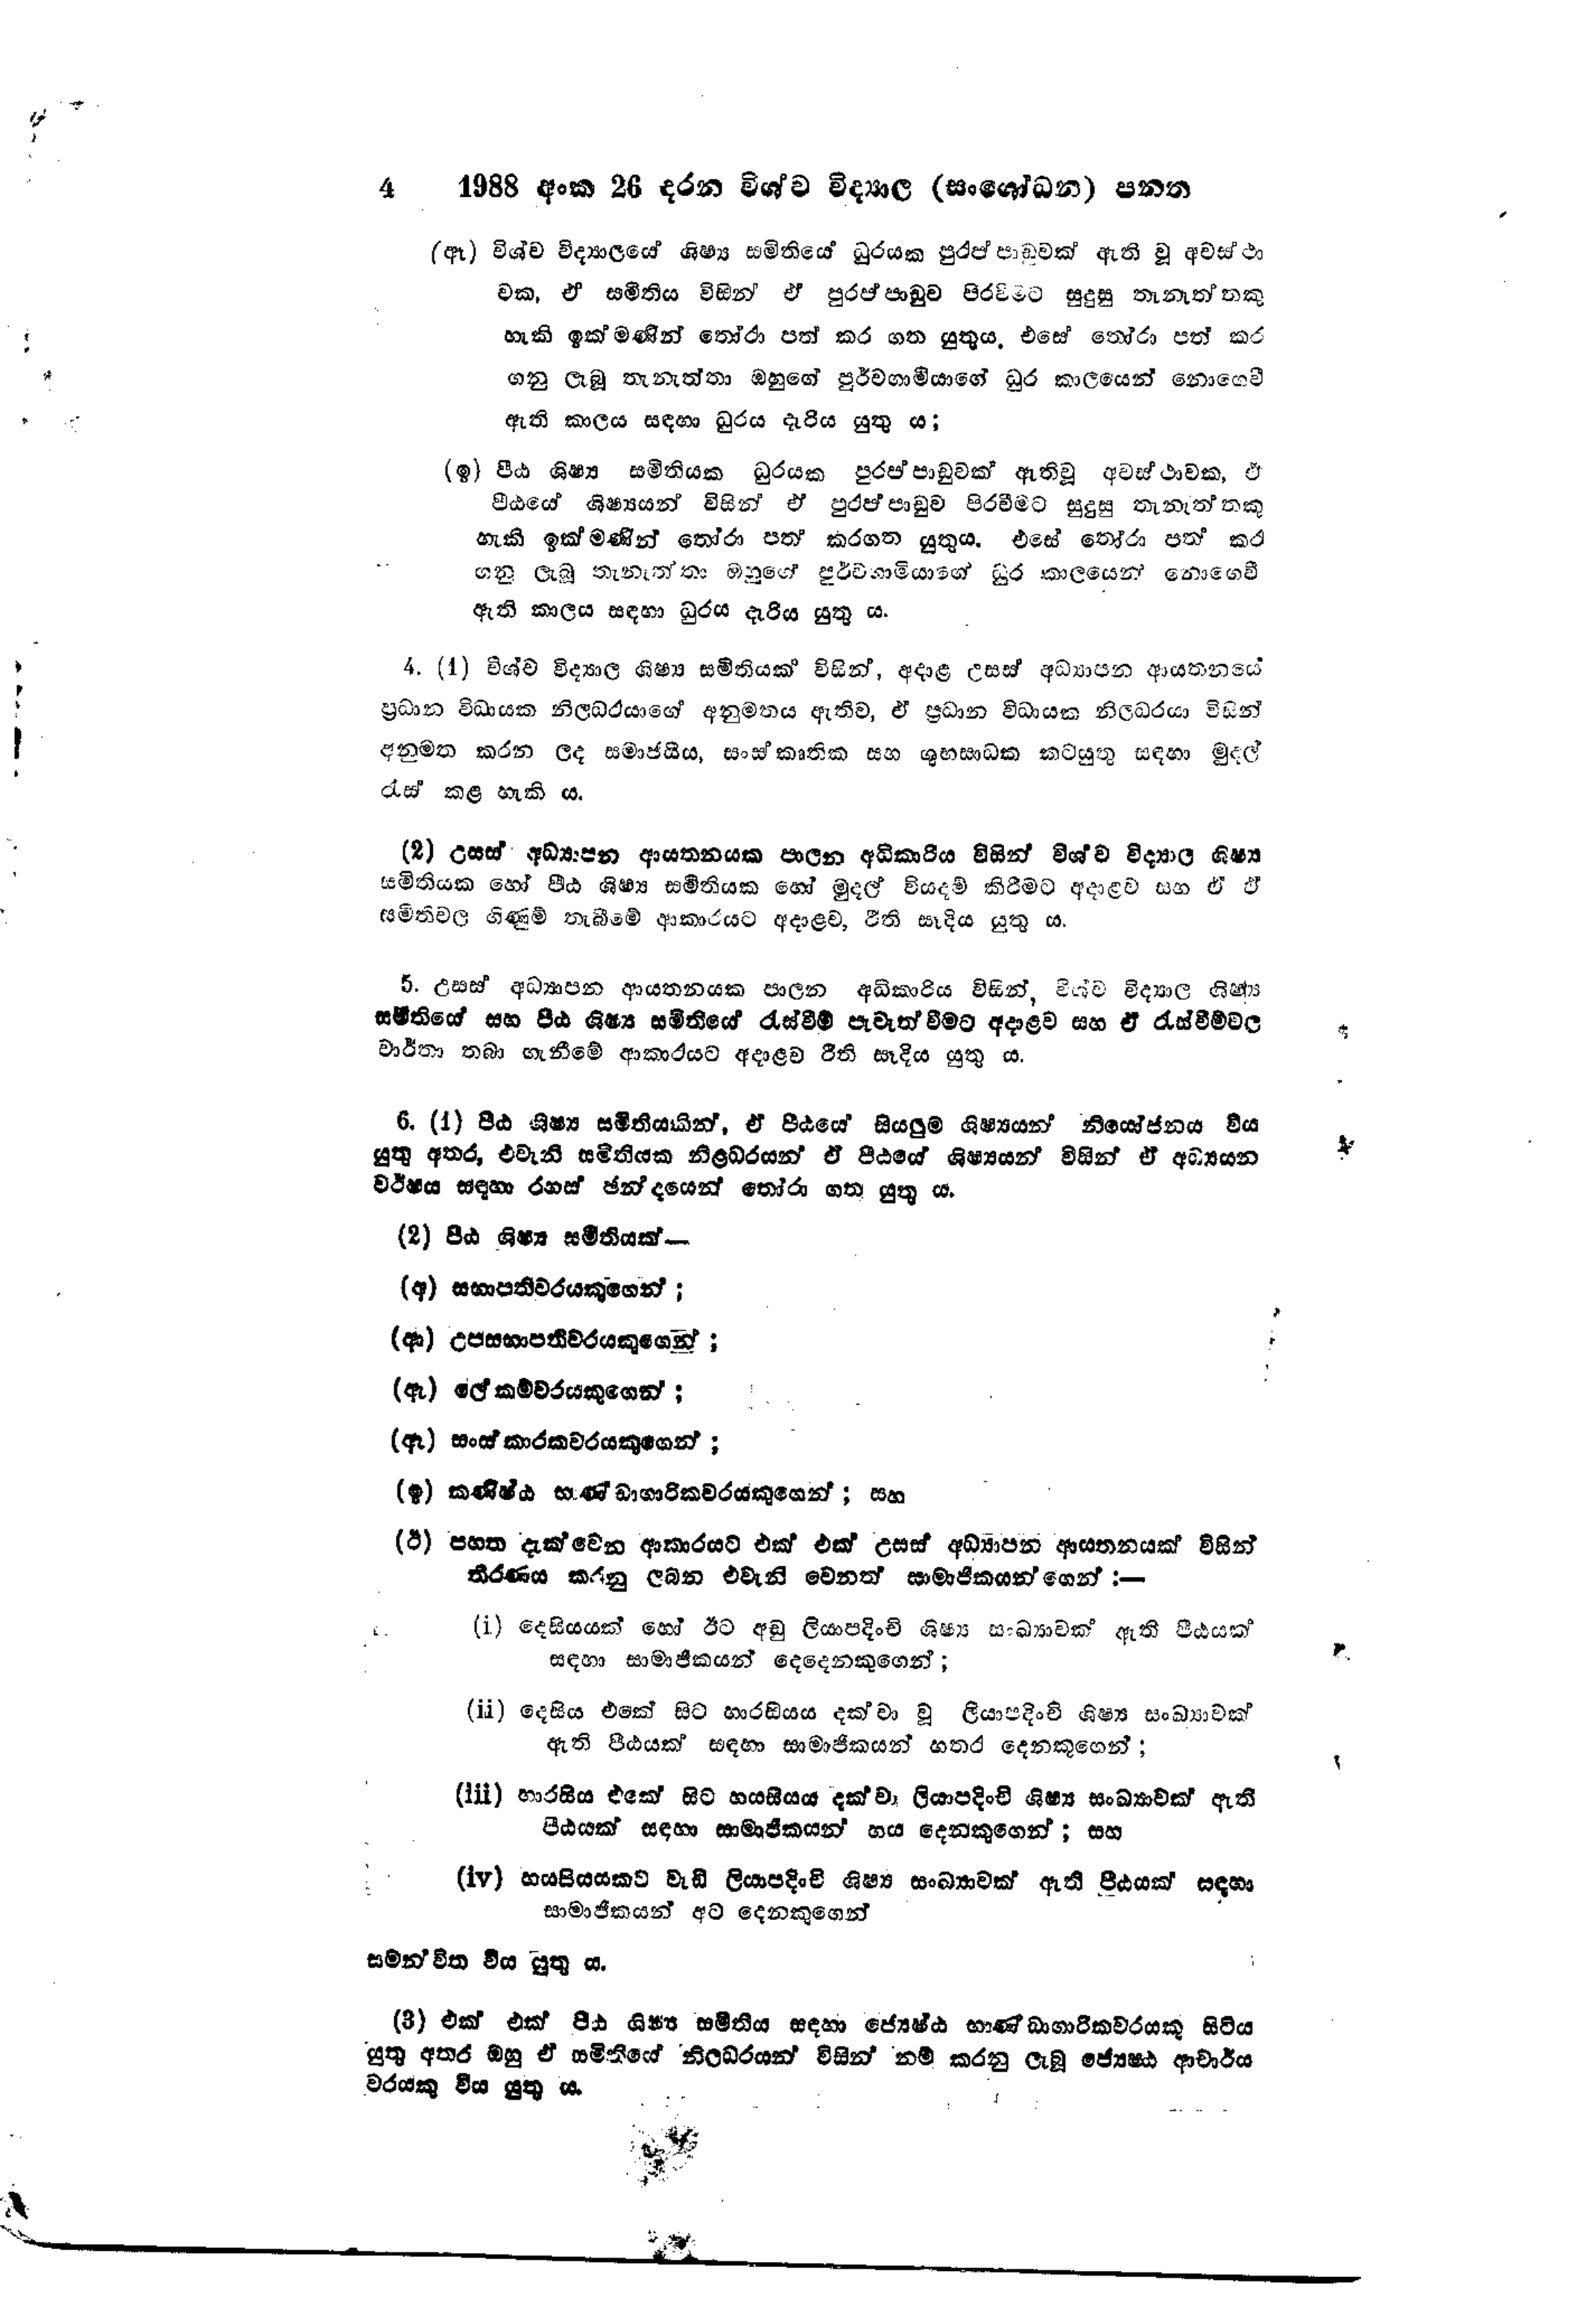
4 1988 අංක 26 දරන විශ්ව විද්‍යාල (සංශෝධන) පනත

(ඈ) විශ්ව විද්‍යාලයේ ශිෂ්‍ය සමිතියේ ධුරයක පුරප්පාඩුවක් ඇති වූ අවස්ථා
වක, ඒ සමිතිය විසින් ඒ පුරප්පාඩුව පිරවීමට සුදුසු තැනැත්තකු
හැකි ඉක්මණින් තෝරා පත් කර ගත යුතුය. එසේ තෝරා පත් කර
ගනු ලැබූ තැනැත්තා ඔහුගේ පූර්වගාමීයාගේ ධුර කාලයෙන් නොගෙවී
ඇති කාලය සඳහා ධුරය දැරිය යුතු ය;

(ඉ) පීඨ ශිෂ්‍ය සමිතියක ධුරයක පුරප්පාඩුවක් ඇති වූ අවස්ථාවක, ඒ
පීඨයේ ශිෂ්‍යයන් විසින් ඒ පුරප්පාඩුව පිරවීමට සුදුසු තැනැත්තකු
හැකි ඉක්මණින් තෝරා පත් කරගත යුතුය. එසේ තෝරා පත් කර
ගනු ලැබූ තැනැත්තා ඔහුගේ පූර්වගාමියාගේ ධුර කාලයෙන් නොගෙවී
ඇති කාලය සඳහා ධුරය දැරිය යුතු ය.

4. (1) විශ්ව විද්‍යාල ශිෂ්‍ය සමිතියක් විසින්, අදාළ උසස් අධ්‍යාපන ආයතනයේ
ප්‍රධාන විධායක නිලධරයාගේ අනුමතය ඇතිව, ඒ ප්‍රධාන විධායක නිලධරයා විසින්
අනුමත කරන ලද සමාජයීය, සංස්කෘතික සහ ශුභසාධක කටයුතු සඳහා මුදල්
රැස් කළ හැකි ය.

(2) උසස් අධ්‍යාපන ආයතනයක පාලන අධිකාරිය විසින් විශ්ව විද්‍යාල ශිෂ්‍ය
සමිතියක හෝ පීඨ ශිෂ්‍ය සමිතියක හෝ මුදල් වියදම් කිරීමට අදාළව සහ ඒ ඒ
සමිතිවල ගිණුම් තැබීමේ ආකාරයට අදාළව, රීති සෑදිය යුතු ය.

5. උසස් අධ්‍යාපන ආයතනයක පාලන අධිකාරිය විසින්, විශ්ව විද්‍යාල ශිෂ්‍ය
සමිතියේ සහ පීඨ ශිෂ්‍ය සමිතියේ රැස්වීම් පැවැත්වීමට අදාළව සහ ඒ රැස්වීම්වල
වාර්තා තබා ගැනීමේ ආකාරයට අදාළව රීති සෑදිය යුතු ය.

6. (1) පීඨ ශිෂ්‍ය සමිතියකින්, ඒ පීඨයේ සියලුම් ශිෂ්‍යයන් නියෝජනය විය
යුතු අතර, එවැනි සමිතියක නිළධරයන් ඒ පීඨයේ ශිෂ්‍යයන් විසින් ඒ අධ්‍යයන
වර්ෂය සඳහා රහස් ඡන්දයෙන් තෝරා ගත යුතු ය.

(2) පිඨ ශිෂ්‍ය සමිතියක්-

(අ) සභාපතිවරයකුගෙන්;

(ආ) උපසභාපතිවරයකුගෙන්;

(ඇ) ලේකම්වරයකුගෙන්;

(ඈ) සංස්කාරකවරයකුගෙන්;

(ඉ) කණිෂ්ඨ භාණ්ඩාගාරිකවරයකුගෙන්; සහ

(ඊ) පහත දැක්වෙන ආකාරයට එක් එක් උසස් අධ්‍යාපන ආයතනයක් විසින්
තීරණය කරනු ලබන එවැනි වෙනත් සාමාජිකයන්ගෙන් :-

(i) දෙසියයක් හෝ ඊට අඩු ලියාපදිංචි ශිෂ්‍ය සංඛ්‍යාවක් ඇති පීඨයක්
සඳහා සාමාජිකයන් දෙදෙනෙකුගෙන්;

(ii) දෙසිය එකේ සිට හාරසියය දක්වා වූ ලියාපදිංචි ශිෂ්‍ය සංඛ්‍යාවක්
ඇති පීඨයක් සඳහා සාමාජිකයන් හතර දෙනකුගෙන්;

(iii) හාරසිය එකේ සිට හයසියය දක්වා ලියාපදිංචි ශිෂ්‍ය සංඛ්‍යාවක් ඇති
පීඨයක් සඳහා සාමාජිකයන් හය දෙනකුගෙන්; සහ

(iv) හයසියයකට වැඩි ලියාපදිංචි ශිෂ්‍ය සංඛ්‍යාවක් ඇති පීඨයක් සඳහා
සාමාජිකයන් අට දෙනකුගෙන්

සමන්විත විය යුතු ය.

(3) එක් එක් පිඨ ශිෂ්‍ය සමිතිය සඳහා ජ්‍යෙෂ්ඨ භාණ්ඩාගාරිකවරයකු සිටිය
යුතු අතර ඔහු ඒ සමිතියේ නිලධරයන් විසින් නම් කරනු ලැබූ ජ්‍යෙෂ්ඨ ආචාර්ය
වරයකු විය යුතු ය.